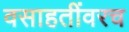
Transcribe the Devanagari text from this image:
वसाहतींवरच